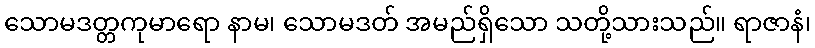
သောမဒတ္တကုမာရော နာမ၊ သောမဒတ် အမည်ရှိသော သတို့သားသည်။ ရာဇာနံ၊